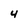
Character: 4